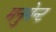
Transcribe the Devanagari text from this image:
मनुमेन्ट